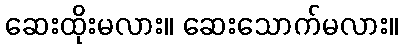
ဆေးထိုးမလား။ ဆေးသောက်မလား။